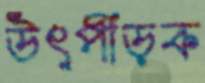
উৎপীড়ক